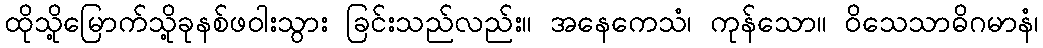
ထိုသို့မြောက်သို့ခုနစ်ဖဝါးသွား ခြင်းသည်လည်း။ အနေကေသံ၊ ကုန်သော။ ဝိသေသာဓိဂမာနံ၊